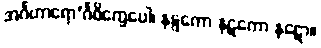
အင်္ဂဟာရော’င်္ဂဝိက္ခေပေါ၊ နဋ္ဋကော နဋကော နဋော။